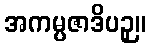
အကမ္ပဇာဒိပဉှ။